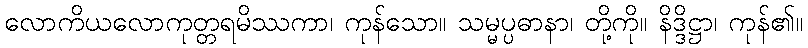
လောကိယလောကုတ္တရမိဿကာ၊ ကုန်သော။ သမ္မပ္ပဓာနာ၊ တို့ကို။ နိဒ္ဒိဋ္ဌာ၊ ကုန်၏။